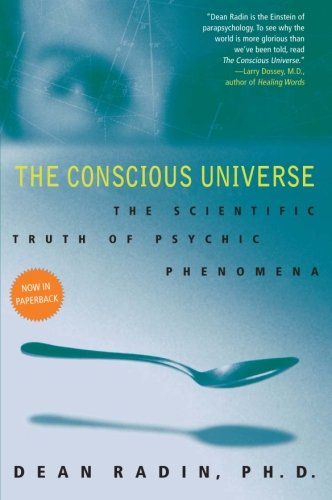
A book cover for The Conscious Universe: The Scientific Truth of Psychic Phenomena; Dean, PhD Radin; Religion & Spirituality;